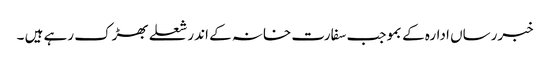
خبررساں ادارہ کے بموجب سفارت خانہ کے اندر شعلے بھڑک رہے ہیں ۔